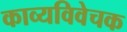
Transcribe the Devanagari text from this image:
काव्यविवेचक